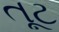
તૂટ